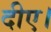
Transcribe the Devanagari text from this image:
दीए।